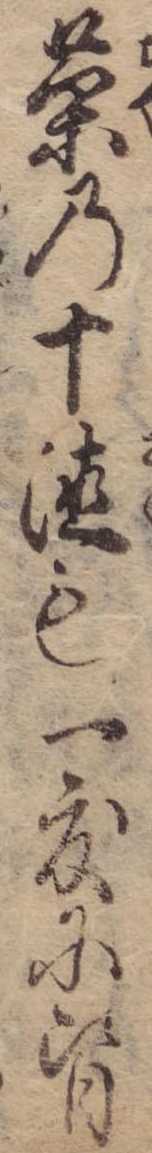
茶の十徳も一度に皆